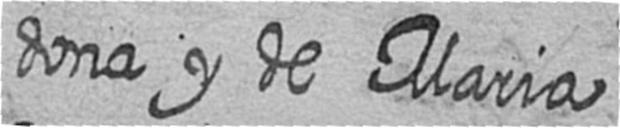
dona y de Maria